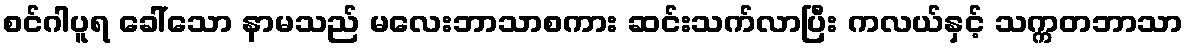
စင်ဂါပူရ ခေါ်သော နာမသည် မလေးဘာသာစကား ဆင်းသက်လာပြီး ကလယ်နှင့် သက္ကတဘာသာ